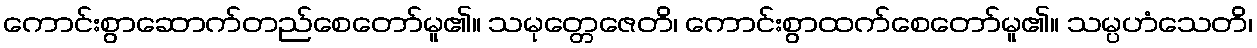
ကောင်းစွာဆောက်တည်စေတော်မူ၏။ သမုတ္တေဇေတိ၊ ကောင်းစွာထက်စေတော်မူ၏။ သမ္ပဟံသေတိ၊